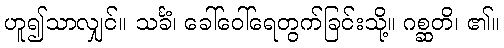
ဟူ၍သာလျှင်။ သင်္ခံ၊ ခေါ်ဝေါ်ရေတွက်ခြင်းသို့။ ဂစ္ဆတိ၊ ၏။